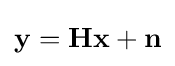
\mathbf {y} =\mathbf {Hx} +\mathbf {n}